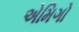
એમિગો